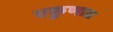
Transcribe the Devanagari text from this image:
एकुणात